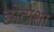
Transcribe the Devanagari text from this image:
छोटाशा